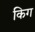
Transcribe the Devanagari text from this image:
किग